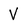
Character: V